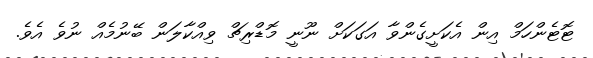
ޓޮޓެންހަމް އިން އެކަށީގެންވާ އަގަކަށް ނޫނީ މޮޑްރިޗް ވިއްކާލަން ބޭނުމެއް ނުވެ އެވެ.